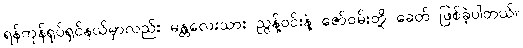
ရန်ကုန်ရုပ်ရှင်နယ်မှာလည်း မန္တလေးသား ညွန့်ဝင်းနဲ့ ဇော်ဝမ်းတို့ ခေတ် ဖြစ်ခဲ့ပါတယ်။